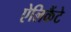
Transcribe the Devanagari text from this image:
ऐलिकैंटे